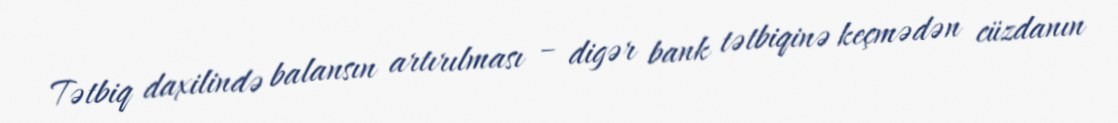
Tətbiq daxilində balansın artırılması – digər bank tətbiqinə keçmədən cüzdanın